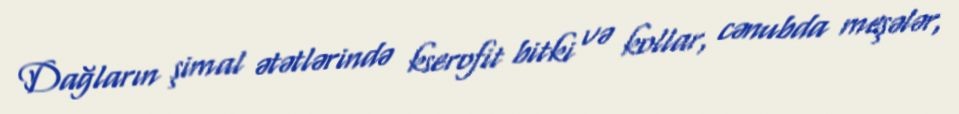
Dağların şimal ətətlərində kserofit bitki və kollar, cənubda meşələr,